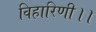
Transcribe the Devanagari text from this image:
विहारिणी।।